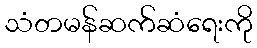
သံတမန်ဆက်ဆံရေးကို